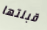
قبلتها